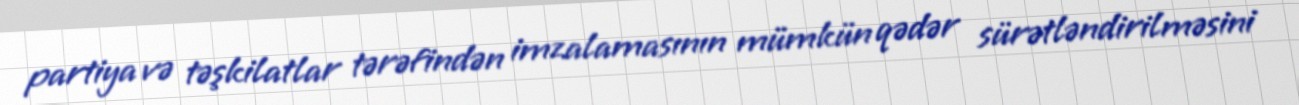
partiya və təşkilatlar tərəfindən imzalamasının mümkün qədər sürətləndirilməsini